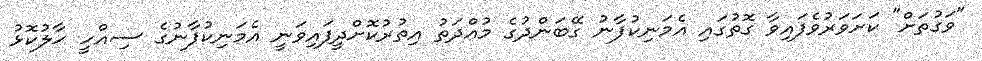
"ވަގުތަށް" ކަށަވަރުވެފައިވާ ގޮތުގައި އެމަނިކުފާނު ގޭބަންދުގެ މުއްދަތު އިތުރުކޮށްދީފައިވަނީ އެމަނިކުފާނުގެ ސިއްހީ ހާލުކޮޅު